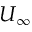
U _ { \infty }